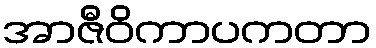
အာဇီဝိကာပကတာ